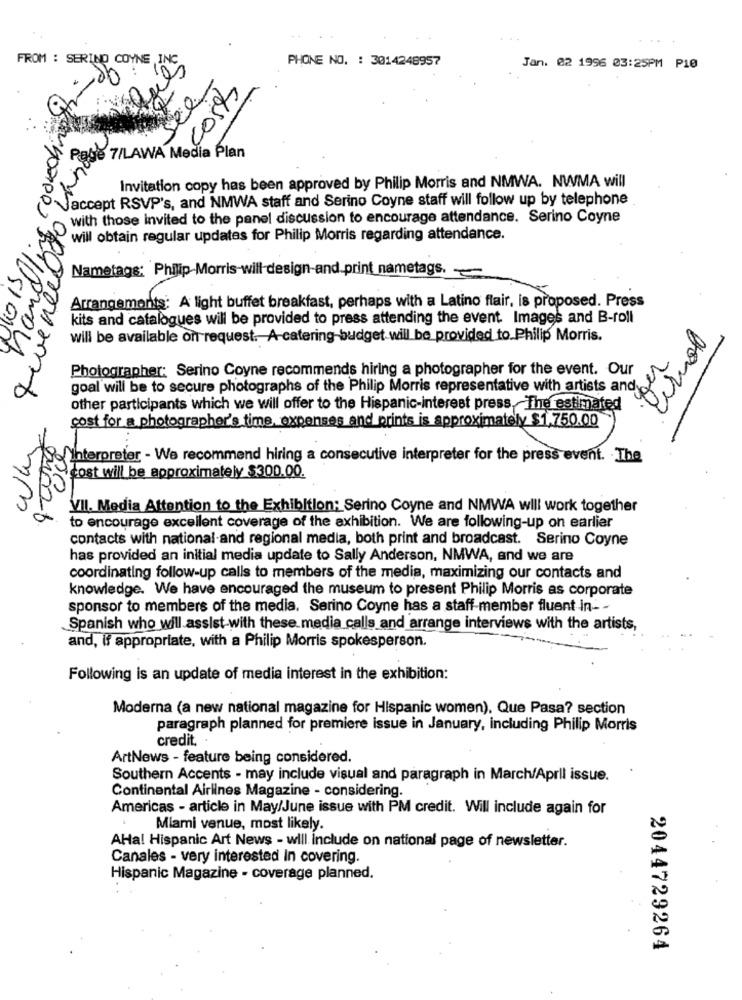
FROM : SERINO COYNE ,INC
PHONE NO. : 3014248957
Jan. 02 1996 03:25PM P10
see
costs
codkoh
e 7/LAWA Media Plan
tieneeldo Lar
Invitation copy has been approved by Philip Morris and NMWA. NWMA will
Jaccept RSVP's, and NMWA staff and Serino Coyne staff will follow up by telephone
with those invited to the panel discussion to encourage attendance. Serino Coyne
will obtain regular updates for Philip Morris regarding attendance.
Nametags: Philip Morris-will-design-and print nametags. -
Arrangements: A light buffet breakfast, perhaps with a Latino flair, is proposed. Press
kits and catalogues will be provided to press attending the event. Images and B-roll
will be available on request. A-catering-budget will be provided to.Philip Morris.
Photographer: Serino Coyne recommends hiring a photographer for the event. Our
er
goal will be to secure photographs of the Philip Morris representative with artists and
other participants which we will offer to the Hispanic-interest press, The estimated
cost for a photographer's time, expenses and prints is approximately $1,750.00
oss
Interpreter - We recommend hiring a consecutive interpreter for the press event. The
cost will be approximately $300.00.
VII. Media Attention to the Exhibition: Serino Coyne and NMWA will work together
to encourage excellent coverage of the exhibition. We are following-up on earlier
contacts with national-and regional media, both print and broadcast. Serino Coyne
has provided an initial media update to Sally Anderson, NMWA, and we are
coordinating follow-up calls to members of the media, maximizing our contacts and
knowledge. We have encouraged the museum to present Philip Morris as corporate
sponsor to members of the media. Serino Coyne has a staff-member fluent in- -
Spanish who will assist with these.media calls and arrange interviews with the artists,
and, if appropriate, with a Philip Morris spokesperson.
Following is an update of media interest in the exhibition:
Moderna (a new national magazine for Hispanic women), Que Pasa? section
paragraph planned for premiere issue in January, including Philip Morris
credit.
ArtNews - feature being considered.
Southern Accents - may include visual and paragraph in March/April issue.
Continental Airlines Magazine - considering.
Americas - article in May/June issue with PM credit. Will include again for
Miami venue, most likely.
AHal Hispanic Art News - will include on national page of newsletter.
Canales - very interested In covering.
Hispanic Magazine - coverage planned.
2044729264